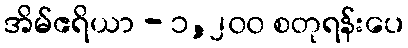
အိမ်ဧရိယာ - ၁,၂၀၀ စတုရန်းပေ